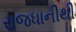
રાજધાનીથી